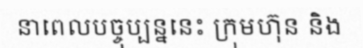
នាពេលបច្ចុប្បន្ននេះ ក្រុមហ៊ុន និង